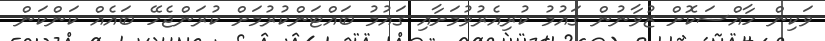
ވަކިން ހާއްސަކޮށް ޒުވާނުން ގައުމު ކުރިއެރުވުމަށާއި ގައުމު ބައްޓަންކުރުމަށް ކުރަންޖެހޭ ބައެއް ކަންކަން